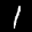
Label: 1